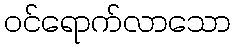
ဝင်ရောက်လာသော